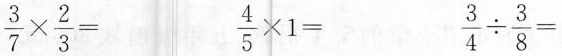
$$\frac { 3 } { 7 } \times \frac { 2 } { 3 } =$$ $$\frac { 4 } { 5 } \times 1 =$$ $$\frac { 3 } { 4 } \div \frac { 3 } { 8 } =$$